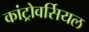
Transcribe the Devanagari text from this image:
कांट्रोवर्सियल